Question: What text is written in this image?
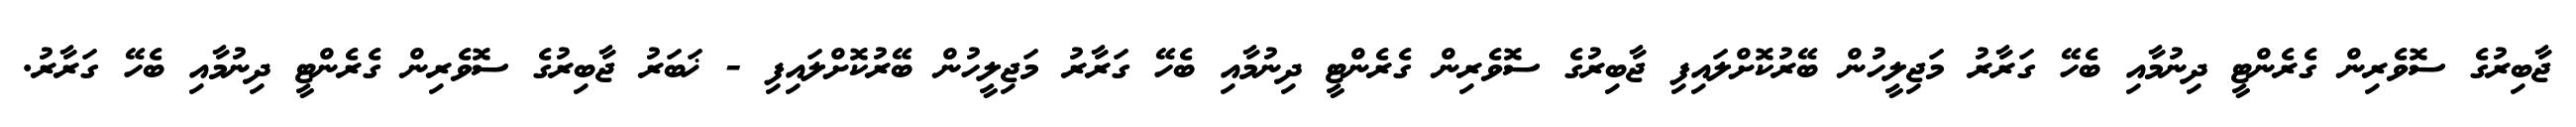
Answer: ޖާބިރުގެ ސޮވެރިން ގެރެންޓީ ދިނުމާއި ބެހޭ ގަރާރު މަޖިލީހުން ބޭރުކޮށްލައިފި ޖާބިރުގެ ސޮވެރިން ގެރެންޓީ ދިނުމާއި ބެހޭ ގަރާރު މަޖިލީހުން ބޭރުކޮށްލައިފި - ޚަބަރު ޖާބިރުގެ ސޮވެރިން ގެރެންޓީ ދިނުމާއި ބެހޭ ގަރާރު.